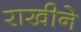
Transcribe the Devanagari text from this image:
राखीने